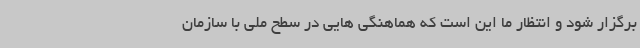
برگزار شود و انتظار ما این است که هماهنگی هایی در سطح ملی با سازمان